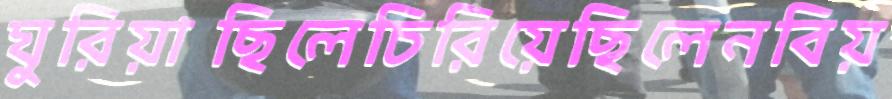
ঘুরিয়াছিলেচিরিয়েছিলেনবিয়